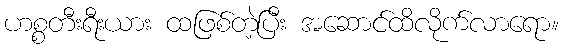
ဟစ္စတီးရီးယား ထဖြစ်တဲ့ပြီး အဆောင်ထိလိုက်လာရော။